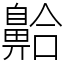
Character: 䶎